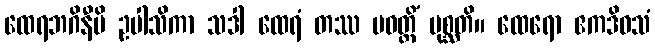
ထေရဘဂိနီပိ ဥပါသိကာ သဒါ ထေရံ တဿ ပဝတ္တိံ ပုစ္ဆတိ။ ထေရော ဧကဒိဝသံ